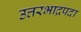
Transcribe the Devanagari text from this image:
उत्तरभाद्रपदा